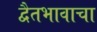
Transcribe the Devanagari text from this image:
द्वैतभावाचा